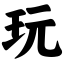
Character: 玩